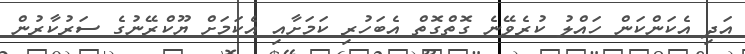
އަދި އެކަންކަން ހައްލު ކުރެވޭނެ ގޮތްގޮތް އެބަހުރި ކަމަށާއި އެކަމަށް ޔޫކްރޭނުގެ ސަރުކާރުން